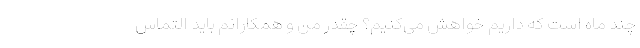
چند ماه است که داریم خواهش می‌کنیم؟ چقدر من و همکارانم باید التماس